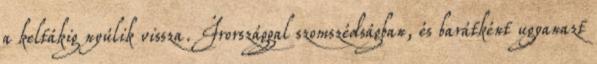
a keltákig nyúlik vissza. Írországgal szomszédságban, és barátként ugyanazt